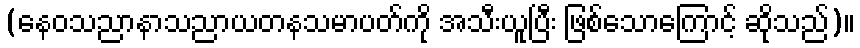
(နေဝသညာနာသညာယတနသမာပတ်ကို အသီးယူပြီး ဖြစ်သောကြောင့် ဆိုသည်)။